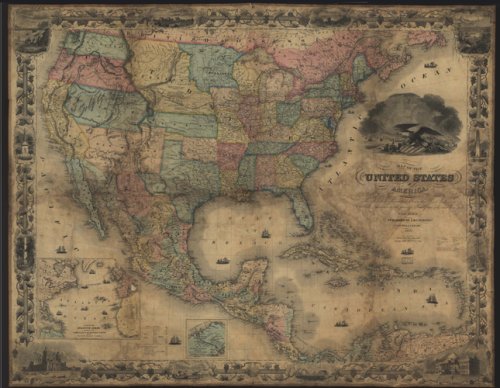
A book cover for Map of the United States of America, The British Provinces, Mexico, The West Indies and Central America with part of New Grenada and Venezuela; Travel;